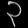
Digit: ၃